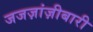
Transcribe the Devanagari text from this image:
जजज़ांज़ीबारी